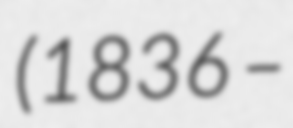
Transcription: (1836 –